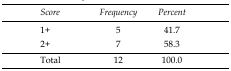
| Score | Frequency | Percent |
 | --- | --- | --- |
 | 1+ | 5 | 41.7 |
 | 2+ | 7 | 58.3 |
 | Total | 12 | 100.0 |